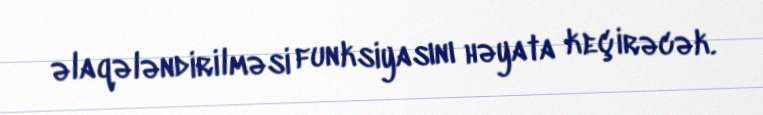
əlaqələndirilməsi funksiyasını həyata keçirəcək.